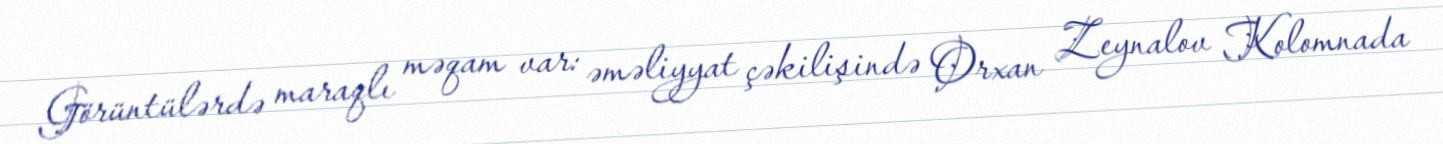
Görüntülərdə maraqlı məqam var: əməliyyat çəkilişində Orxan Zeynalov Kolomnada